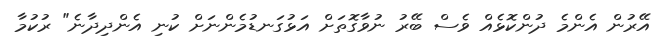
އޭރުން އެންމެ ދުންކޮޅެއް ވެސް ބޭރު ނުވާގޮތަށް އަޅުގަނޑުމެންނަށް ކުނި އެންދިދާނެ" ރުކުމާ